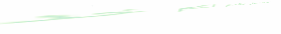
صالون التجميل يقدم لكم خد